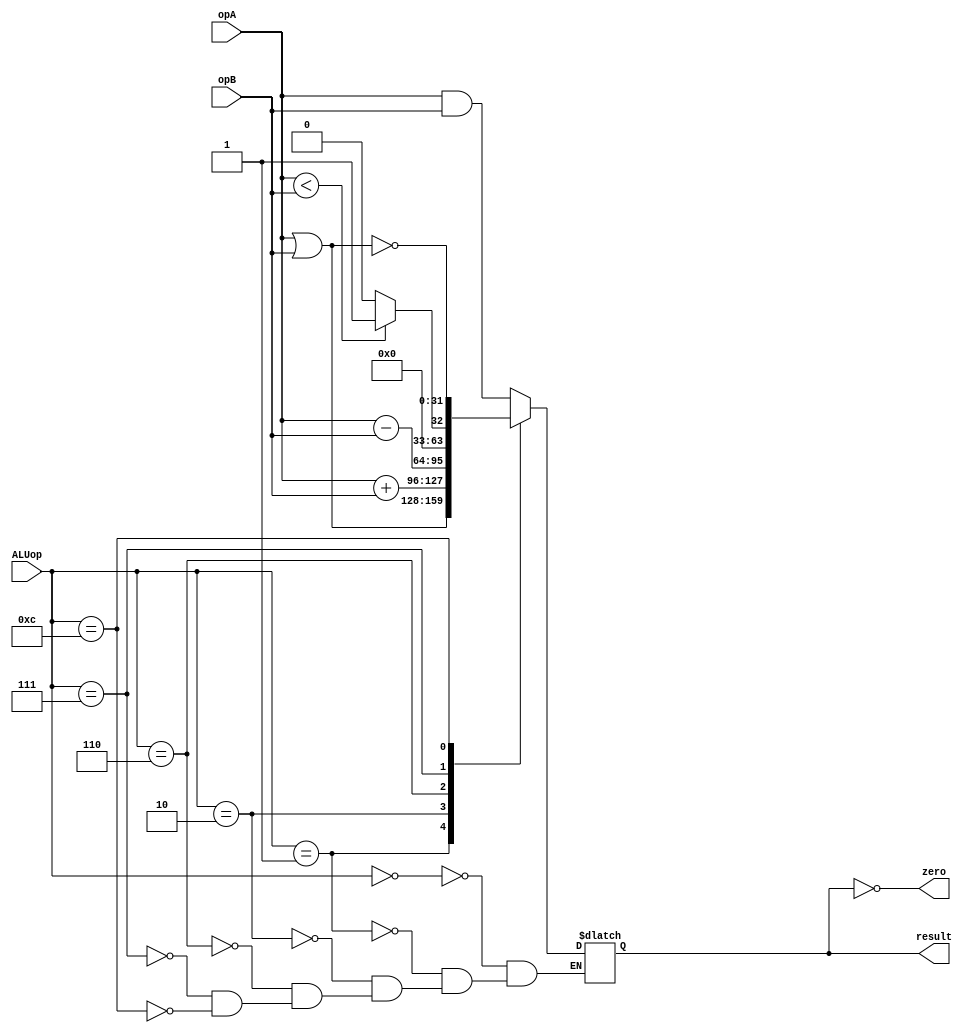
module alu(opA, opB, ALUop, result, zero);

input [31:0] opA;
input [31:0] opB;
input [3:0] ALUop;

output reg [31:0] result;
output zero; //1 if result is 0

assign zero = (result==0);

always @(ALUop, opA, opB) begin
	case(ALUop)
		4'b0000: result=opA&opB;
		4'b0001: result=opA|opB;
		4'b0010: result=opA+opB;
		4'b0110: result=opA-opB;
		4'b0111: result=opA<opB?1:0; //slt
		4'b1100: result=~(opA|opB);
	endcase
end

endmodule